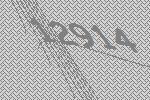
12914